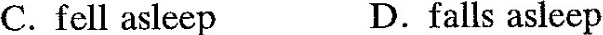
C.fell asleep D.falls asleep